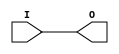
module IBUF_LVPECL (O, I);

    output O;

    input  I;

	buf B1 (O, I);


endmodule